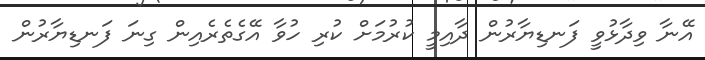
އޭނާ ވިދާޅުވީ ފަނޑިޔާރުން ދާއިމީ ކުރުމަށް ކުރި ހުވާ އޭގެތެރެއިން ގިނަ ފަނޑިޔާރުން